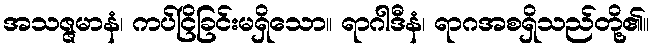
အသဇ္ဇမာနံ၊ ကပ်ငြိခြင်းမရှိသော။ ရာဂါဒီနံ၊ ရာဂအစရှိသည်တို့၏။